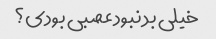
خیلی بد نبود عصبی بودی؟